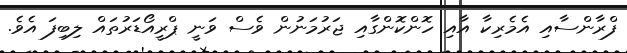
ފްރާންސާއި އެމެރިކާ އާއި ހޮންކޮންގާއި ޖަރުމަނުން ވެސް ވަނީ ޕްރީއޯޑަރުތައް ލިބިފަ އެވެ.